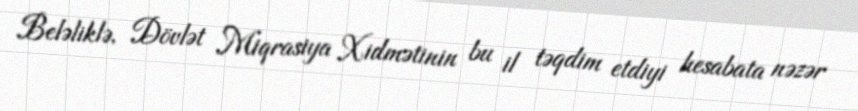
Beləliklə, Dövlət Miqrasiya Xidmətinin bu il təqdim etdiyi hesabata nəzər